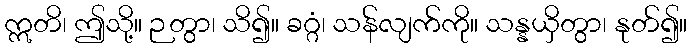
ဣတိ၊ ဤသို့။ ဉတွာ၊ သိ၍။ ခဂ္ဂံ၊ သန်လျက်ကို။ သန္နယှိတွာ၊ နုတ်၍။